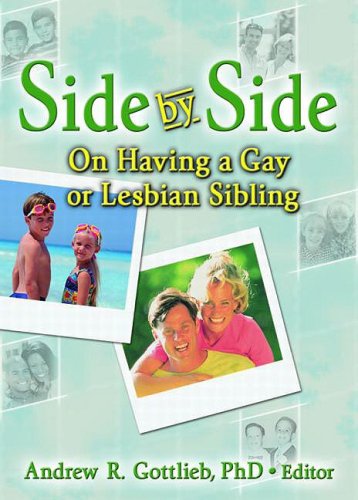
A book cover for Side by Side: On Having a Gay or Lesbian Sibling (Haworth Gay & Lesbian Studies); Gay & Lesbian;